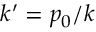
k ^ { \prime } = p _ { 0 } / k